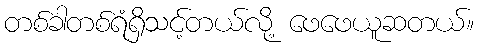
တစ်ခါတစ်ရံရှိသင့်တယ်လို့ ဖေဖေယူဆတယ်။